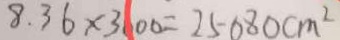
8 . 3 6 \times 3 0 0 0 = 2 5 0 8 0 c m ^ { 2 }